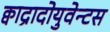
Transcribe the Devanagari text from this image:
क्वाद्रादोयुवेन्टस